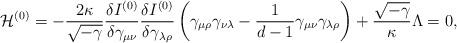
LaTeX: \begin{align*}{\cal H}^{(0)} = -\frac{2 \kappa}{\sqrt{-\gamma}}\frac{\delta I^{(0)}}{\delta \gamma_{\mu \nu}}\frac{\delta I^{(0)}}{\delta \gamma_{\lambda \rho}}\left( \gamma_{\mu \rho} \gamma_{\nu \lambda}-\frac{1}{d-1} \gamma_{\mu \nu } \gamma_{\lambda \rho} \right)+ \frac{\sqrt{-\gamma}}{\kappa} \Lambda=0,\end{align*}